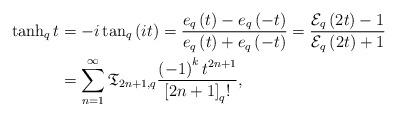
LaTeX: \begin{align*}\tanh_{q}t & =-i\tan_{q}\left( it\right) =\frac{e_{q}\left( t\right)-e_{q}\left( -t\right) }{e_{q}\left( t\right) +e_{q}\left( -t\right)}=\frac{\mathcal{E}_{q}\left( 2t\right) -1}{\mathcal{E}_{q}\left(2t\right) +1}\\& =\sum_{n=1}^{\infty}\mathfrak{T}_{2n+1,q}\frac{\left( -1\right)^{k}t^{2n+1}}{\left[ 2n+1\right] _{q}!},\end{align*}